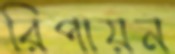
রিপায়ন